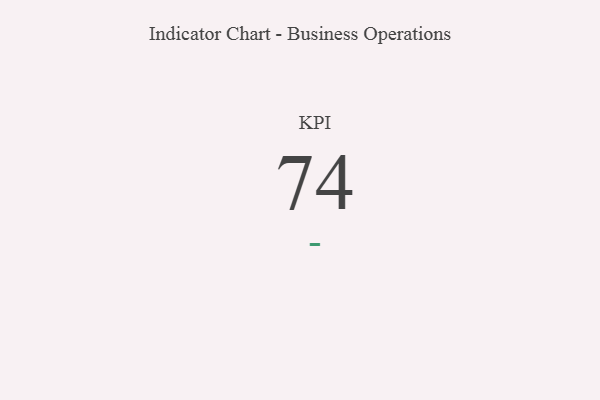
{"axis": {"x": "KPI", "y": "Value"}, "legend": [""], "data": [{"x": "KPI", "y": 74, "type": ""}]}